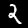
Digit: 2